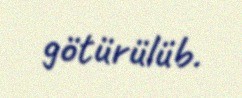
götürülüb.